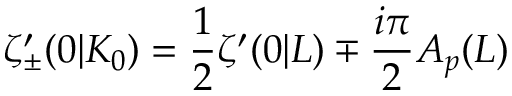
\zeta _ { \pm } ^ { \prime } ( 0 | K _ { 0 } ) = \frac { 1 } { 2 } \zeta ^ { \prime } ( 0 | L ) \mp \frac { i \pi } { 2 } A _ { p } ( L )